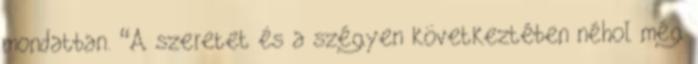
mondatban. “A szeretet és a szégyen következtében néhol még